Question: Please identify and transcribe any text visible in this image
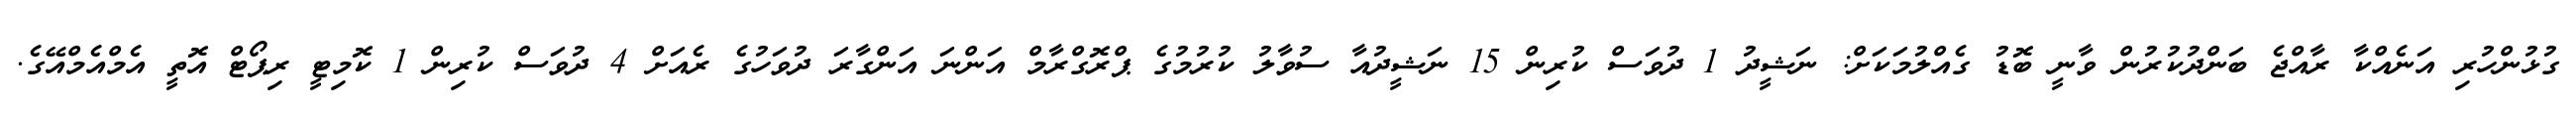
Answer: ގުޅުންހުރި އަނެއްކާ ރާއްޖެ ބަންދުކުރުން ވާނީ ބޮޑު ގެއްލުމަކަށް: ނަޝީދު 1 ދުވަސް ކުރިން 15 ނަޝީދުއާ ސުވާލު ކުރުމުގެ ޕްރޮގްރާމް އަންނަ އަންގާރަ ދުވަހުގެ ރެއަށް 4 ދުވަސް ކުރިން 1 ކޮމިޓީ ރިޕޯޓް އޮތީ އެމްއެމްއޭގެ.